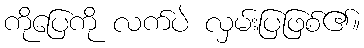
ကိုပြေကို လက်ပဲ လှမ်းပြဖြစ်၏။